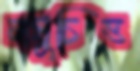
লঘুচিত্ত